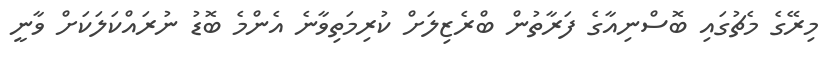
މިރޭގެ މެޗުގައި ބޮސްނިއާގެ ފަރާތުން ބްރެޒިލަށް ކުރިމަތިވާނެ އެންމެ ބޮޑު ނުރައްކަލަކަށް ވާނީ